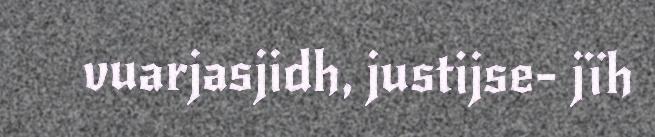
vuarjasjidh, justijse- jïh